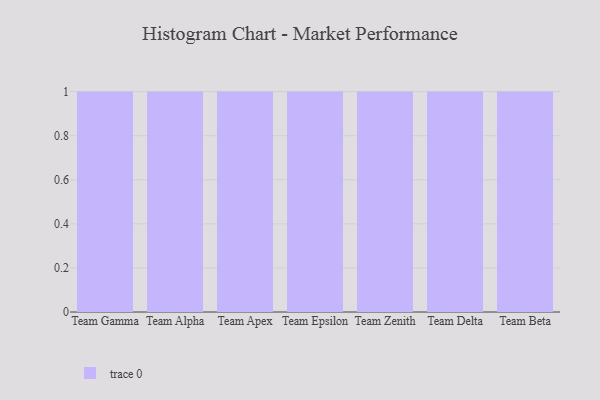
{"axis": {"x": "Team", "y": "Waste Production (Tons)"}, "legend": [""], "data": [{"x": "Team Gamma", "y": 58, "type": ""}, {"x": "Team Alpha", "y": 5, "type": ""}, {"x": "Team Apex", "y": 13, "type": ""}, {"x": "Team Epsilon", "y": 67, "type": ""}, {"x": "Team Zenith", "y": 69, "type": ""}, {"x": "Team Delta", "y": 14, "type": ""}, {"x": "Team Beta", "y": 70, "type": ""}]}